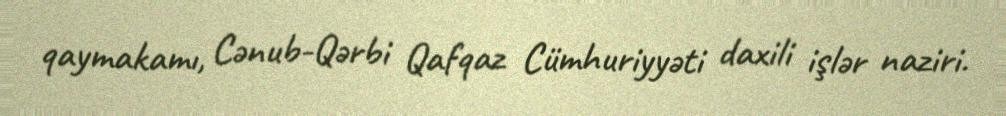
qaymakamı, Cənub-Qərbi Qafqaz Cümhuriyyəti daxili işlər naziri.